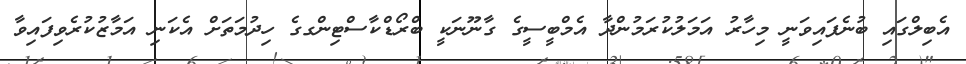
އެބިލްގައި ބުނެފައިވަނީ މިހާރު އަމަލުކުރަމުންދާ އެމްބީސީގެ ގާނޫނަކީ ބްރޯޑްކާސްޓިންގގެ ހިދުމަތަށް އެކަނި އަމާޒުކުރެވިފައިވާ